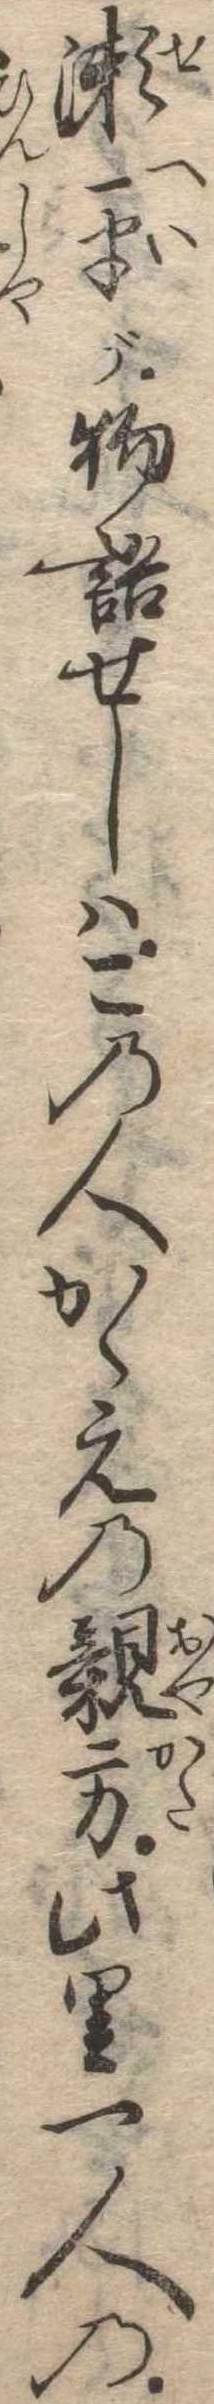
瀬平が物語せしはこの人かゝえの親方此里一人の